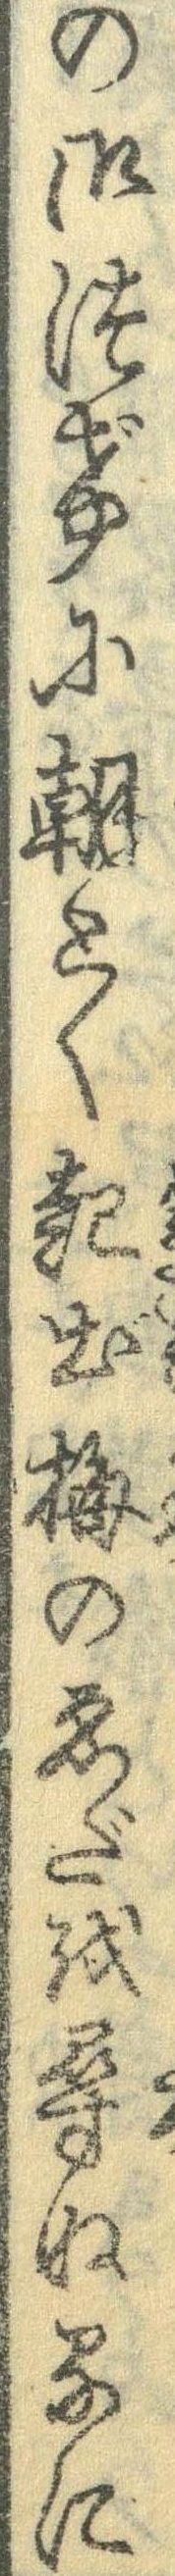
の御つげに朝とく起出梅のえだを尋ぬるに